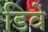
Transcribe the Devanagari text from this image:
डिवे